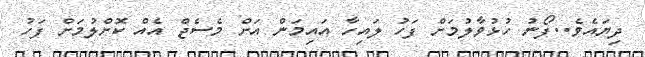
ދިޔައެވެ..ފޯނު ހުޅުވާލުމަށް ފަހު ލައިހާ އައިމަން އަށް މެސެޖް އެއް ކޮށްލުމަށް ފަހު